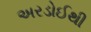
અરડોઈથી